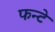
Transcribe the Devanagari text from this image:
फन्टे